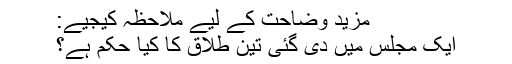
مزید وضاحت کے لیے ملاحظہ کیجیے:
ایک مجلس میں‌ دی گئی تین طلاق کا کیا حکم ہے؟